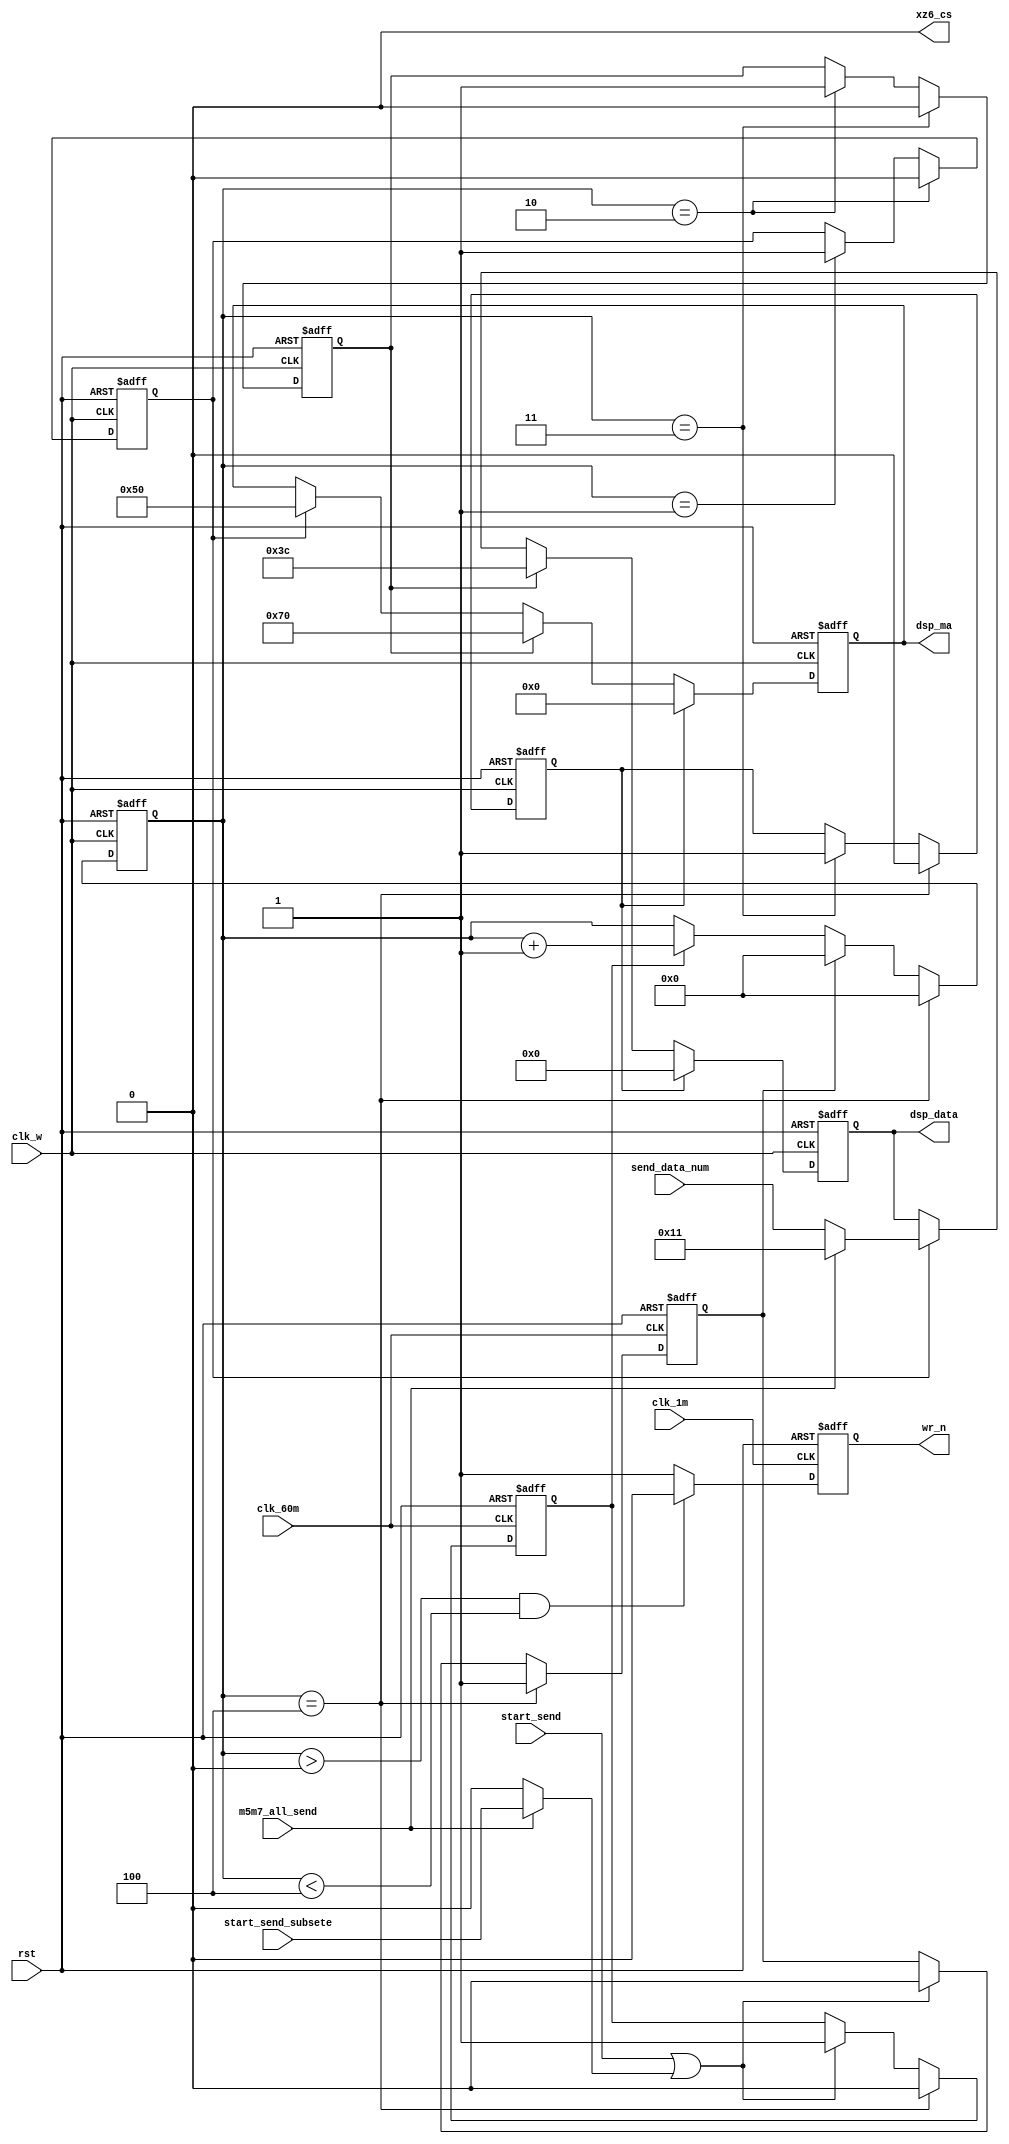
module write_data
(
    input rst,
    input clk_60m,
    input clk_w,
    input clk_1m,
	input start_send,
	input [15:0]send_data_num,//上传数据个数
	input m5m7_all_send,//subsetE
	input start_send_subsete,//start send subsetE
    output [15:0]dsp_data,//需要上传的数据的个数
    output reg[11:0]dsp_ma,//控制m5和m7通道的
    output reg wr_n,
    output xz6_cs
);

reg [15:0]dsp_data;
reg m5_w_flag,m7_w_flag,m5_r_flag,m7_r_flag,delay_flag;
reg start = 1'b1; 
reg stop;
reg [3:0]counter = 4'd0;
wire [15:0]send_data_num_t;
wire start_send_subsete_t;
assign send_data_num_t = m5m7_all_send ? 16'd17 : send_data_num;
assign start_send_subsete_t = m5m7_all_send ? start_send_subsete : 1'b0;

//assign send_cmd = 4'he;//test command
assign xz6_cs = 1'b0;
//assign dsp_data = 16'haa55;

always@(posedge clk_60m , negedge rst)
begin
    if(!rst)
    begin
        start <= 1'b0;//  test
        stop <= 1'b0;
    end
    else
    begin
       
        if(start_send || start_send_subsete_t)
        begin
            start <= 1'b1;
            stop <= 1'b0;
        end
        if(counter == 4'd4)
        begin
            start <= 1'b0;
            stop <= 1'b1;
        end
    end
end

always @(posedge clk_w , negedge rst)
begin
	if(!rst)
    begin
		counter <= 17'd0;
		m5_w_flag <= 1'b0;
		m7_w_flag <= 1'b0;
		m5_r_flag <= 1'b0;
		m7_r_flag <= 1'b0;
		delay_flag <= 1'b0;
    end
	else
	begin
		if(start)
			counter <= counter + 1'b1;
		
		if(stop)
			counter <= 4'd0;
			
		if(counter == 4'd1)
		begin
			m5_r_flag <= 1'b1;
		end
		
		if(counter == 4'd2)
		begin 
			m5_r_flag <= 1'b0;
			m7_r_flag <= 1'b1;
		end
		
		if(counter == 4'd3)
		begin
			m7_r_flag <= 1'b0;
			delay_flag <= 1'b1;
		end
		
		if(counter == 4'd4)
		begin
			delay_flag <= 1'b0;
			counter <= 4'd0;
		end
		
		
	end

end

always @(posedge clk_w , negedge rst)
begin 
	if(!rst)
	begin
		dsp_data <= 16'd0;
		dsp_ma <= 12'd0;
 
	end
	else
	begin
	
		if(m5_r_flag)
		begin
			dsp_ma <= 12'b0000_0101_0000;
			dsp_data <= send_data_num_t;//452
         
		end
		
		if(m7_r_flag)
		begin
			dsp_ma <= 12'b0000_0111_0000;
			dsp_data <= 16'd60;
      
		end
		
		if(delay_flag)
		begin
			dsp_ma <= 12'd0;
			dsp_data <= 16'd0;
        
		end
		
	end
end

always@(posedge clk_1m, negedge rst)
begin
    if(!rst)
    wr_n <= 1'b1;
    else
    begin
         if(counter >0 && counter <4)
            wr_n <= 1'b0;
        else wr_n <= 1'b1;
    end

end


endmodule